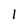
Character: 1